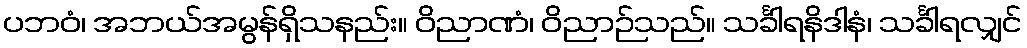
ပဘဝံ၊ အဘယ်အမွန်ရှိသနည်း။ ဝိညာဏံ၊ ဝိညာဉ်သည်။ သင်္ခါရနိဒါနံ၊ သင်္ခါရလျှင်